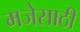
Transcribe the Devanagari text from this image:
मजेसाठी